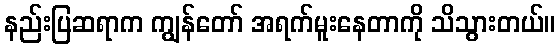
နည်းပြဆရာက ကျွန်တော် အရက်မူးနေတာကို သိသွားတယ်။